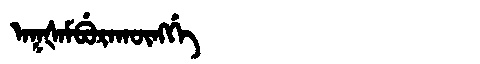
Manchu: ᠠᡴᡧᠠᠮᠪᡠᡵᠠᡴᡡᠩᡤᡝ
Romanization: AKŠAMBURAKŪNGGE